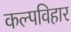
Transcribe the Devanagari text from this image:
कल्पविहार